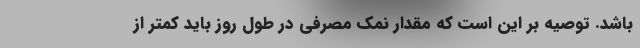
باشد. توصیه بر این است که مقدار نمک مصرفی در طول روز باید کمتر از